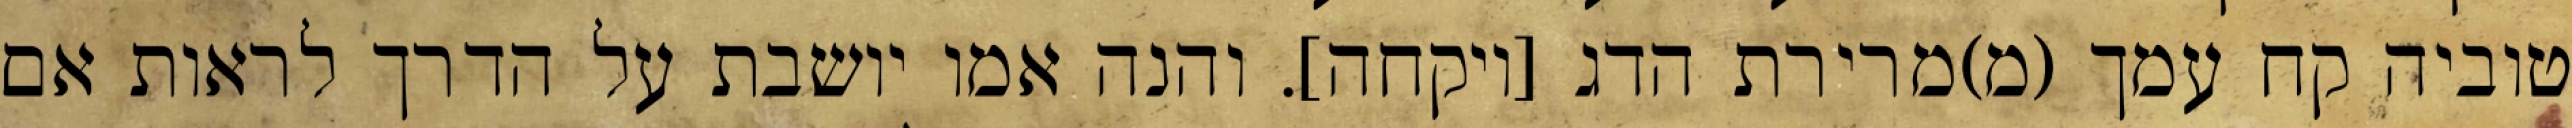
טוביה קח עמך (מ)מרירת הדג [ויקחה]. והנה אמו יושבת על הדרך לראות אם